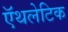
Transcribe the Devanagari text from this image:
ऍथलेटिक